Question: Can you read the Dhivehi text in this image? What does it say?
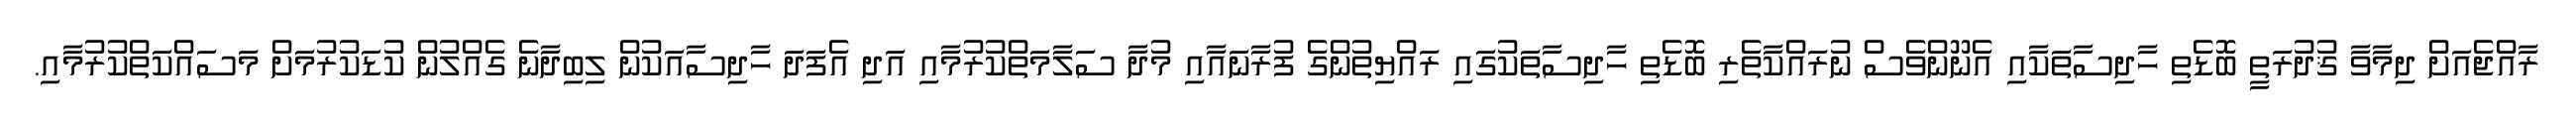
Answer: ރާއްޖެއަށް ދިމާވާ ޤުދުރަތީ ބޮޑެތި ހާދިސާތަކާއި އެނޫންވެސް ނުރައްކާތެރި ބޮޑެތި ހާދިސާތަކުގައި ރައްޔިތުންގެ ފުރާނައާއި މުދާ ސަލާމަތްކުރުމާއި އަދި އެފަދަ ހާދިސާއަކުން ލިބިދާނެ ގެއްލުން ކުޑަކުރުމަށް މަސައްކަތްކުރުމާއި.